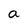
Character: a